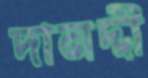
দানদ্দী